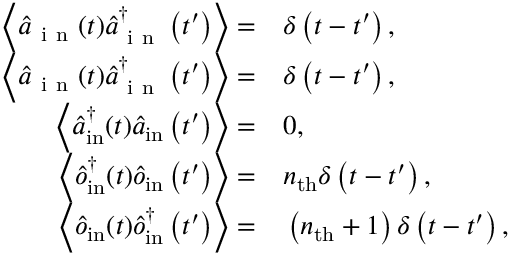
\begin{array} { r l } { \left\langle \hat { a } _ { \mathrm { ~ i ~ n ~ } } ( t ) \hat { a } _ { \mathrm { ~ i ~ n ~ } } ^ { \dagger } \left( t ^ { \prime } \right) \right\rangle = } & { { } \delta \left( t - t ^ { \prime } \right) , } \\ { \left\langle \hat { a } _ { \mathrm { ~ i ~ n ~ } } ( t ) \hat { a } _ { \mathrm { ~ i ~ n ~ } } ^ { \dagger } \left( t ^ { \prime } \right) \right\rangle = } & { { } \delta \left( t - t ^ { \prime } \right) , } \\ { \left\langle \hat { a } _ { \mathrm { i n } } ^ { \dagger } ( t ) \hat { a } _ { \mathrm { i n } } \left( t ^ { \prime } \right) \right\rangle = } & { { } 0 , } \\ { \left\langle \hat { o } _ { \mathrm { i n } } ^ { \dagger } ( t ) \hat { o } _ { \mathrm { i n } } \left( t ^ { \prime } \right) \right\rangle = } & { { } n _ { \mathrm { t h } } \delta \left( t - t ^ { \prime } \right) , } \\ { \left\langle \hat { o } _ { \mathrm { i n } } ( t ) \hat { o } _ { \mathrm { i n } } ^ { \dagger } \left( t ^ { \prime } \right) \right\rangle = } & { { } \left( n _ { \mathrm { t h } } + 1 \right) \delta \left( t - t ^ { \prime } \right) , } \end{array}